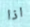
اذا